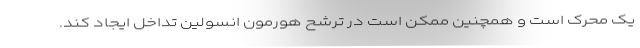
یک محرک است و همچنین ممکن است در ترشح هورمون انسولین تداخل ایجاد کند.